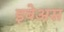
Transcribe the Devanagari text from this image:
इबेअस